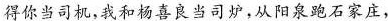
得你当司机，我和杨喜良当司炉，从阳泉跑石家庄，